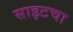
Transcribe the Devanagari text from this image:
साइटचा